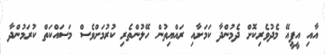
އާއި އީޕީއޭ މެދުވެރިކޮށް ދެމުންދާ ކަމަށާއި ރައްޔިތުން ހޭލުންތެރި ކުރުމަށްވެސް މަސައްކަތް ކުރަމުންދާ